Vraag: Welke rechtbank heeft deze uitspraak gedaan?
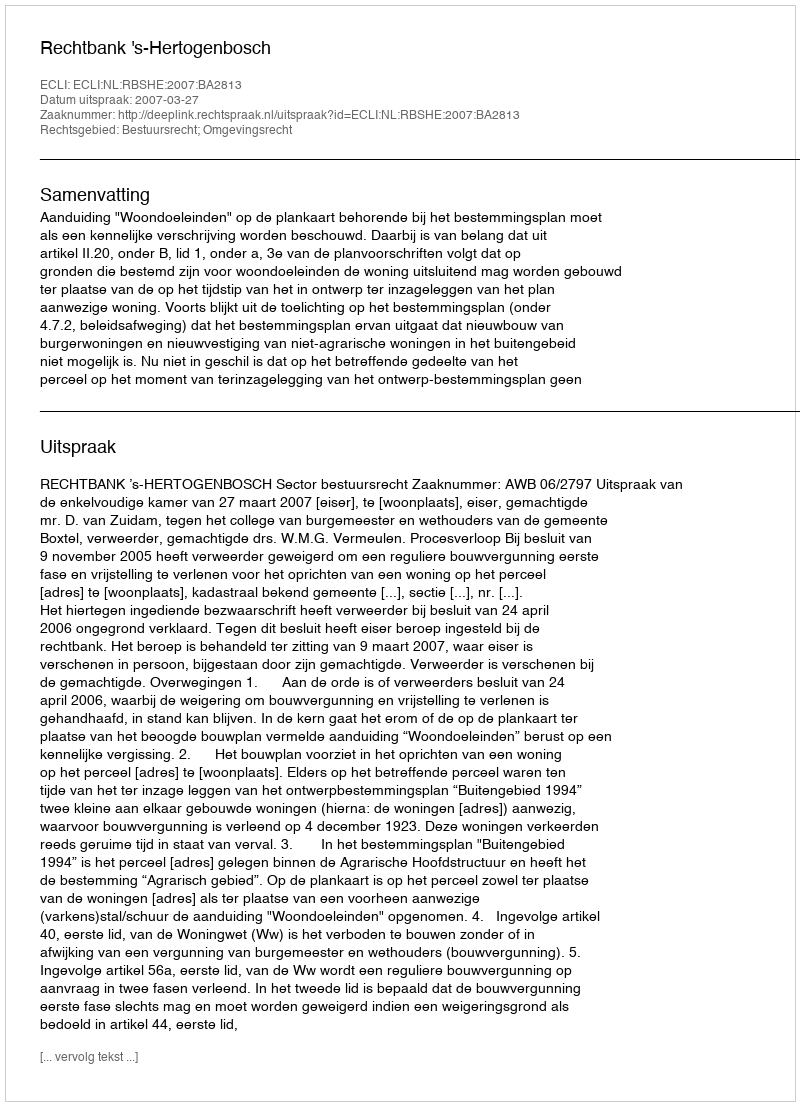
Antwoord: Rechtbank 's-Hertogenbosch